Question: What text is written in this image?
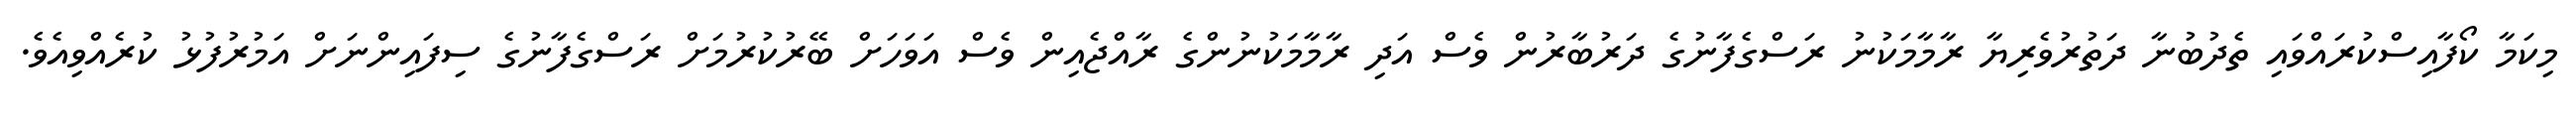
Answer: މިކަމާ ކޯފާއިސްކުރައްވައި ތެދުބުނާ ދަތުރުވެރިޔާ ރާމާމަކުނު ރަސްގެފާނުގެ ދަރުބާރުން ވެސް އަދި ރާމާމަކުނުންގެ ރާއްޖެއިން ވެސް އަވަހަށް ބޭރުކުރުމަށް ރަސްގެފާނުގެ ސިފައިންނަށް އަމުރުފުޅު ކުރެއްވިއެވެ.